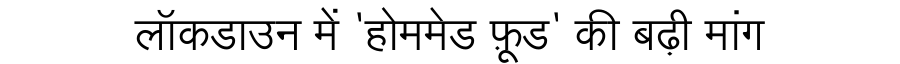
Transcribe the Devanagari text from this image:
लॉकडाउन में 'होममेड फ़ूड' की बढ़ी मांग